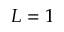
L = 1